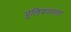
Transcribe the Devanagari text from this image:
पुलियनमला